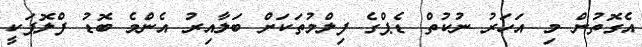
އެގޮތުން މި އަހަރު ނުކުތް ޑެޕްގެ ފިލްމުތަކަށް ބަލާއިރު އެންމެ ބޮޑު ފްލޮޕަކީ